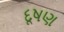
દૂષણ